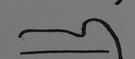
Signature authenticity: forged